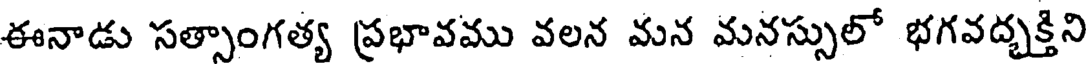
ఈనాడు సత్సాంగత్య ప్రభావము వలన మన మనస్సులో భగవద్బక్తిని